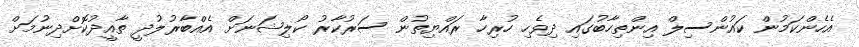
އެހެންކަމުން ކައުންސިލް އިންތިހާބުގައި ދިވެހި ހުރިހާ ރައްޔިތުން ސަރުކާރު ކޯލިޝަނަށް އެއްބާރުލުދީ ތާއީދުކޮށްދިނުމަށް